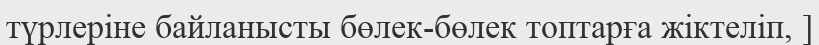
түрлеріне байланысты бөлек-бөлек топтарға жіктеліп, ]